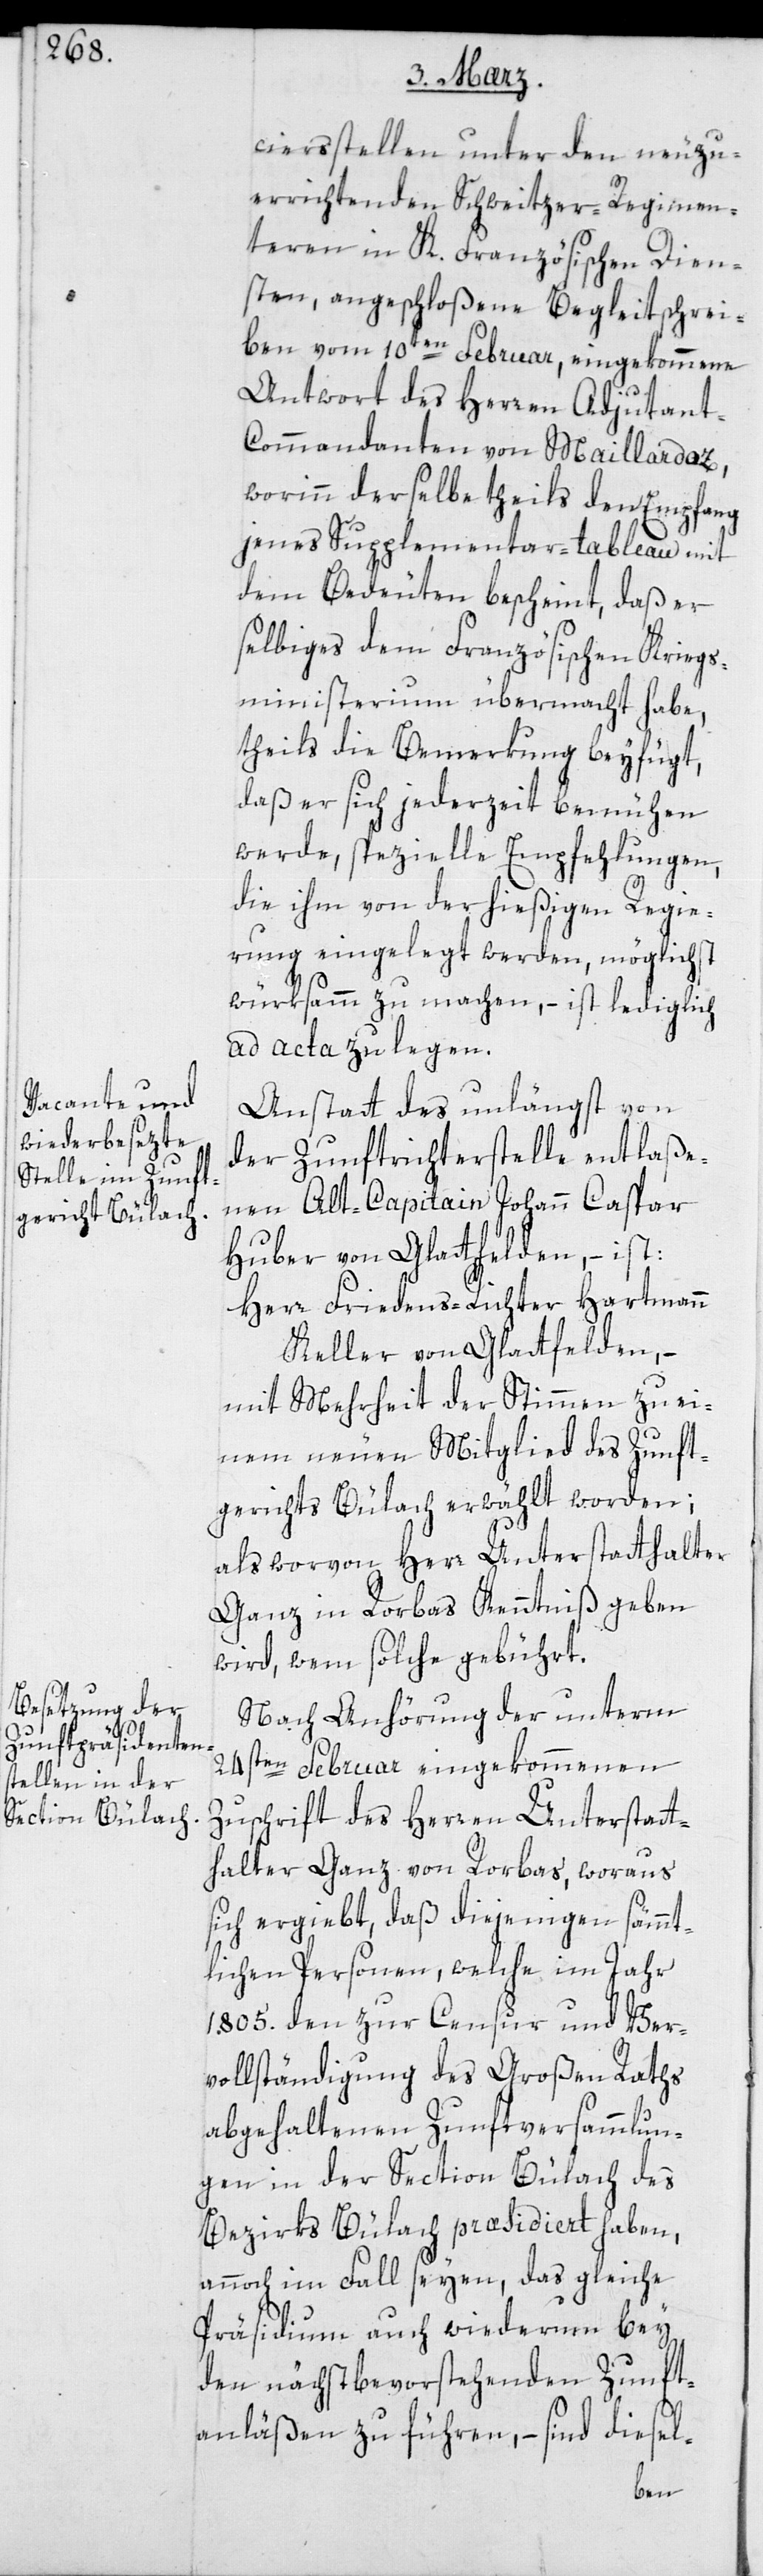
ciers-Stellen unter den neuzu¬
errichtenden Schweitzer-Regimen¬
teren in K. Französischen Dien¬
sten, angeschloßene Begleitschrei¬
ben vom 10ten Februar, eingekommene
Antwort des Herren Adjudan¬
t-Commandanten von Maillardoz,
worinn derselbe theils den Empfang
jenes Supplementar-tableau mit
dem Bedeuten bescheint, daß er
selbiges dem Französischen Kriegs¬
ministerium übermacht habe,
theils die Bemerkung beyfügt,
daß er sich jederzeit bemühen
werde, spezielle Empfehlungen,
die ihm von der hießigen Regie¬
rung eingelegt werden, möglichst
würksamm zu machen, – ist lediglich
ad acta zu legen.
Anstatt des unlängst von
der Zunftrichterstelle entlaße¬
nen Alt-Capitain Johann Caspar
Huber von Glattfelden, – ist:
Herr Friedensrichter Hartmann
Keller von Glattfelden, –
mit Mehrheit der Stimmen zu ei¬
nem neuen Mitglied des Zunft¬
gerichts Bülach erwählt worden;
als worvon Herr Unterstatthalter
Ganz in Rorbas Kenntniß geben
wird, wem solche gebührt.
Nach Anhörung der unterm
24sten Februar eingekommenen
Zuschrift des Herren Unterstatt¬
halter Ganz von Rorbas, woraus
sich ergiebt, daß diejenigen sämmt¬
lichen Personen, welche im Jahr
1805. den zur Censur und Ver¬
vollständigung des Großen Raths
abgehaltenen Zunftversammlun¬
gen in der Section Bülach des
Bezirks Bülach præsidiert haben,
annoch im Fall seyen, das gleiche
Präsidium auch wiederum bey
den nächst bevorstehenden Zunft¬
anläßen zu führen, – sind diesel-